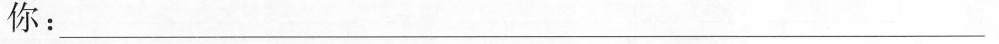
你：___